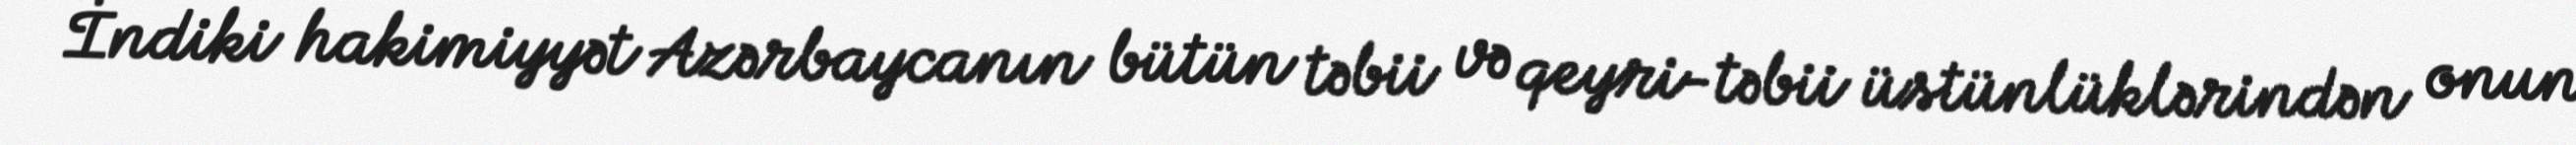
İndiki hakimiyyət Azərbaycanın bütün təbii və qeyri-təbii üstünlüklərindən onun